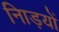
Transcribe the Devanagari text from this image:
नािड़यों